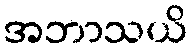
အဘာသယိ